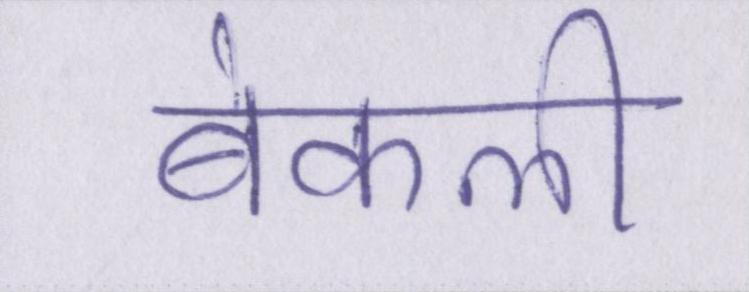
बेकली